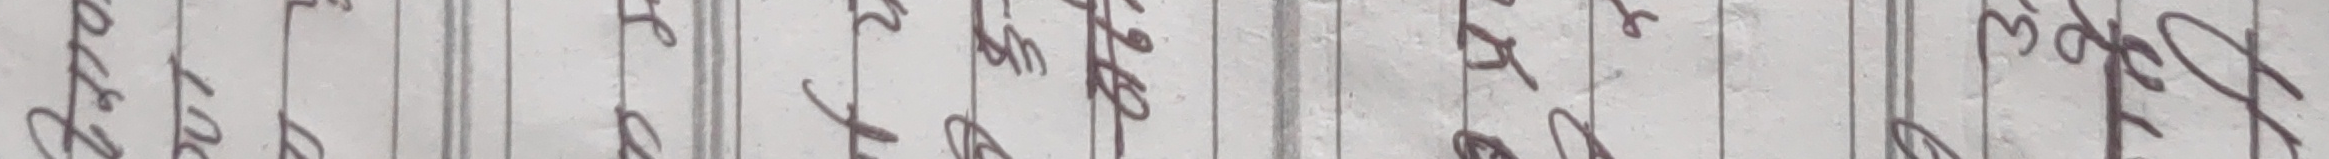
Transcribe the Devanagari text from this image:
खारेज